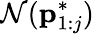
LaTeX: \mathcal{N}(\mathbf{{p}}_{1:j}^{*})